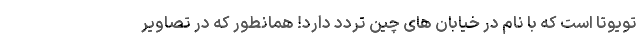
تویوتا است که با نام در خیابان های چین تردد دارد! همانطور که در تصاویر